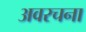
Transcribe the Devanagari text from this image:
अवरचना